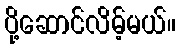
ပို့ဆောင်လိမ့်မယ်။